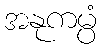
အနုကမ္ပံ